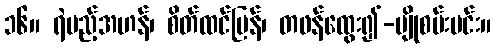
၁၆။ ရဲမည့်အဟန်၊ စိတ်ထင်ပြန်၊ တဖန်ထွေး၍-မျိုစမ်းမင်း။